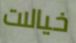
خيالات